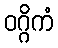
ဝဂ္ဂိကံ